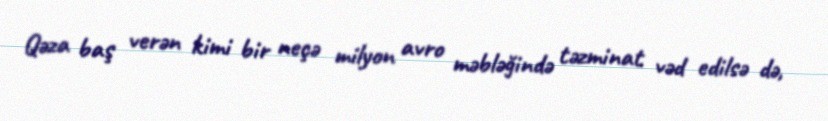
Qəza baş verən kimi bir neçə milyon avro məbləğində təzminat vəd edilsə də,